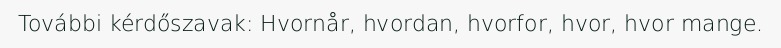
További kérdőszavak: Hvornår, hvordan, hvorfor, hvor, hvor mange.